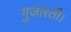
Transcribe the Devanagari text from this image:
गुजारती।